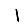
Digit: 1